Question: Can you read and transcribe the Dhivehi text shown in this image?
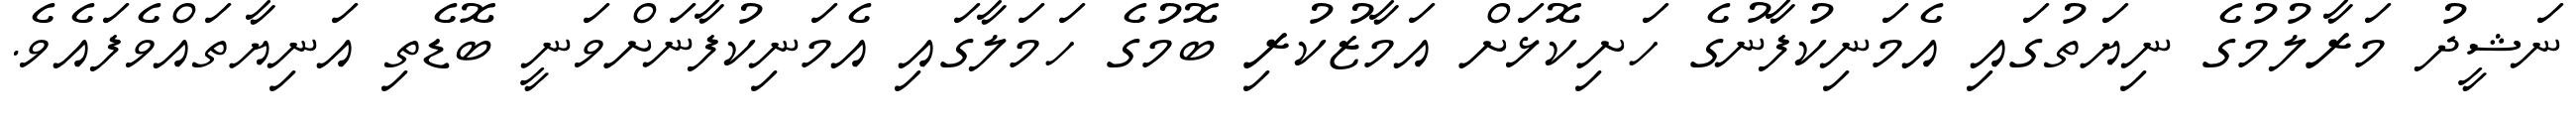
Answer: ނަޝީދު މަރާލުމުގެ ނިޔަތުގައި އެމަނިކުފާނުގެ ހަށިކޮޅަށް އަމާޒުކުރި ބޮމުގެ ހަމަލާގައި އެމަނިކުފާނަށްވަނީ ބޮޑެތި އަނިޔާތައްވެފައެވެ.